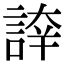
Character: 𧨫